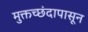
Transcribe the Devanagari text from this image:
मुक्तच्‍छंदापासून